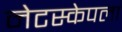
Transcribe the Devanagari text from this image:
नेटस्केपला